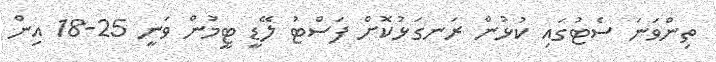
ތިންވަނަ ސެޓުގައި ކުޅުން ރަނގަޅުކޮޮށް ފަސްޓު ލޭޑީ ޓީމުން ވަނީ 25-18 އިން